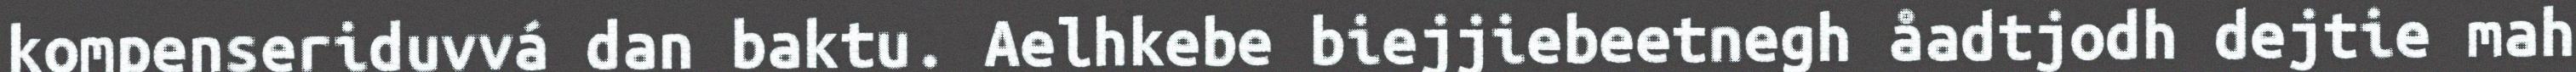
kompenseriduvvá dan baktu. Aelhkebe biejjiebeetnegh åadtjodh dejtie mah